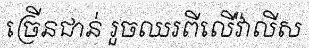
ច្រើនជាន់ រួចឈរពីលើវ៉ាលីស